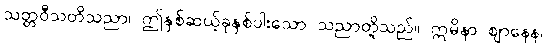
သတ္တဝီသတိသညာ၊ ဤနှစ်ဆယ့်ခုနှစ်ပါးသော သညာတို့သည်။ ဣမိနာ ဈာနေန၊